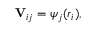
\mathbf { V } _ { i j } = \psi _ { j } ( \boldsymbol { r } _ { i } ) ,